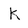
Character: k